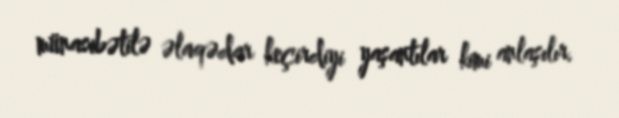
münasibətilə əlaqədar keçirdiyi yaşantılar kimi anlaşılır.